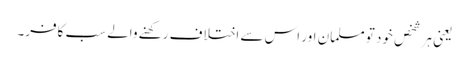
یعنی ہر شخص خود تو مسلمان اور اس سے اختلاف رکھنے والے سب کافر۔